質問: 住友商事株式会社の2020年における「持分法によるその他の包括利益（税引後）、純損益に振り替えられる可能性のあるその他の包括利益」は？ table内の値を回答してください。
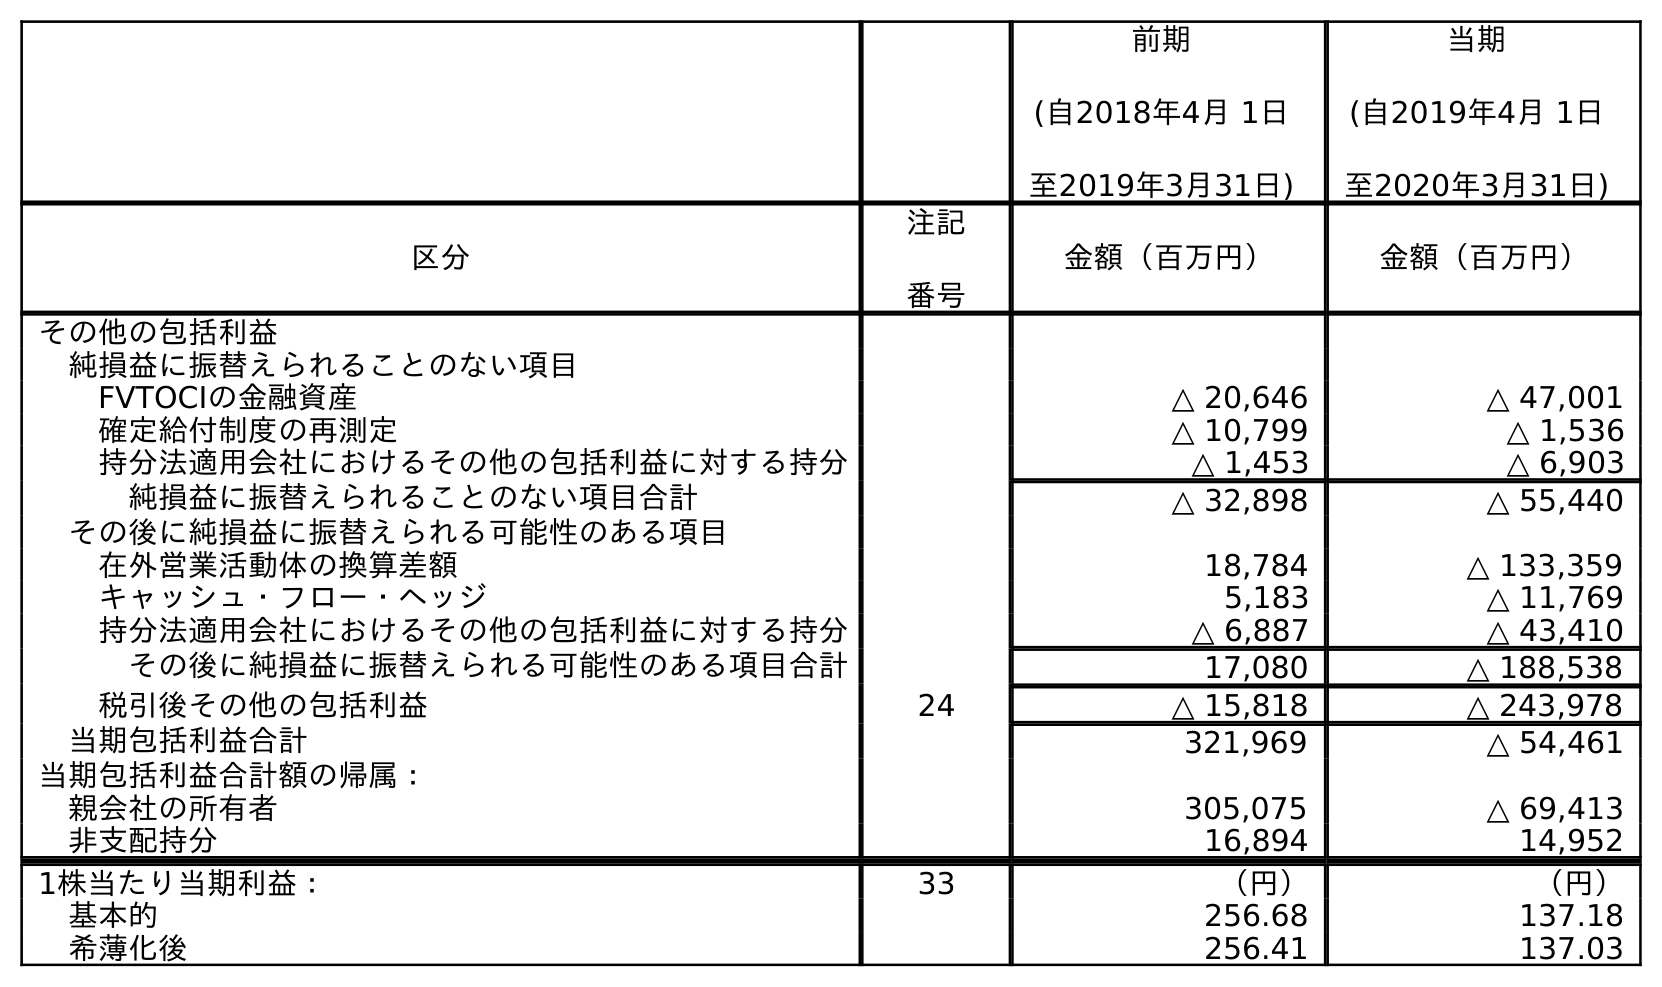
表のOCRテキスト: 前期 (自2018年4月 1日 至2019年3月31日) 当期 (自2019年4月 1日 至2020年3月31日) 区分 注記 番号 金額（百万円） 金額（百万円） その他の包括利益 純損益に振替えられることのない項目 FVTOCIの金融資産 △ 20,646 △ 47,001 確定給付制度の再測定 △ 10,799 △ 1,536 持分法適用会社におけるその他の包括利益に対する持分 △ 1,453 △ 6,903 純損益に振替えられることのない項目合計 △ 32,898 △ 55,440 その後に純損益に振替えられる可能性のある項目 在外営業活動体の換算差額 18,784 △ 133,359 キャッシュ・フロー・ヘッジ 5,183 △ 11,769 持分法適用会社におけるその他の包括利益に対する持分 △ 6,887 △ 43,410 その後に純損益に振替えられる可能性のある項目合計 17,080 △ 188,538 税引後その他の包括利益 24 △ 15,818 △ 243,978 当期包括利益合計 321,969 △ 54,461 当期包括利益合計額の帰属： 親会社の所有者 305,075 △ 69,413 非支配持分 16,894 14,952 1株当たり当期利益： 33 （円） （円） 基本的 256.68 137.18 希薄化後 256.41 137.03
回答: △43,410